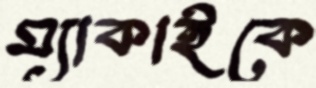
ম্যাকাইকে